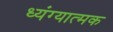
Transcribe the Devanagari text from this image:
ध्यंग्यात्मक